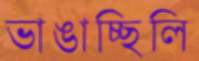
ভাঙাচ্ছিলি